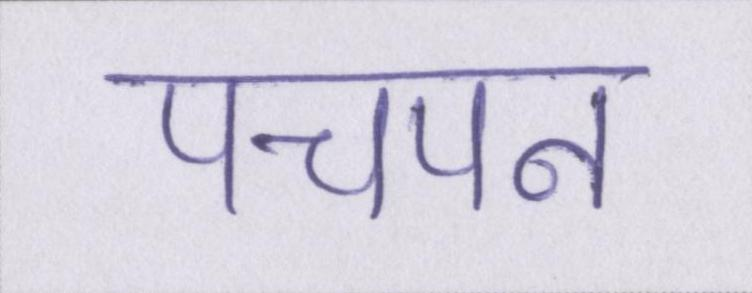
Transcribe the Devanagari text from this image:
पचपन